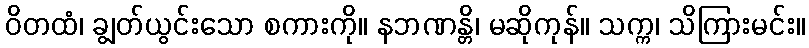
ဝိတထံ၊ ချွတ်ယွင်းသော စကားကို။ နဘဏန္တိ၊ မဆိုကုန်။ သက္က၊ သိကြားမင်း။